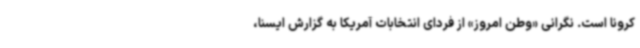
کرونا است. نگرانی «وطن امروز» از فردای انتخابات آمریکا به گزارش ایسنا،